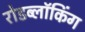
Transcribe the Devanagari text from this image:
रोडब्लॉकिंग